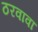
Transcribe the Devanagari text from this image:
ठरवावा